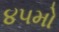
૪૫મો